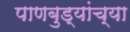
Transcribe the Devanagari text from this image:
पाणबुड्यांच्या